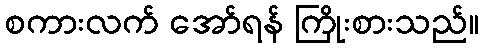
စကားလက် အော်ရန် ကြိုးစားသည်။